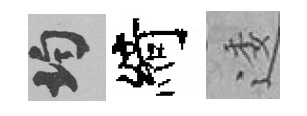
均綺逶